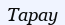
Тарау